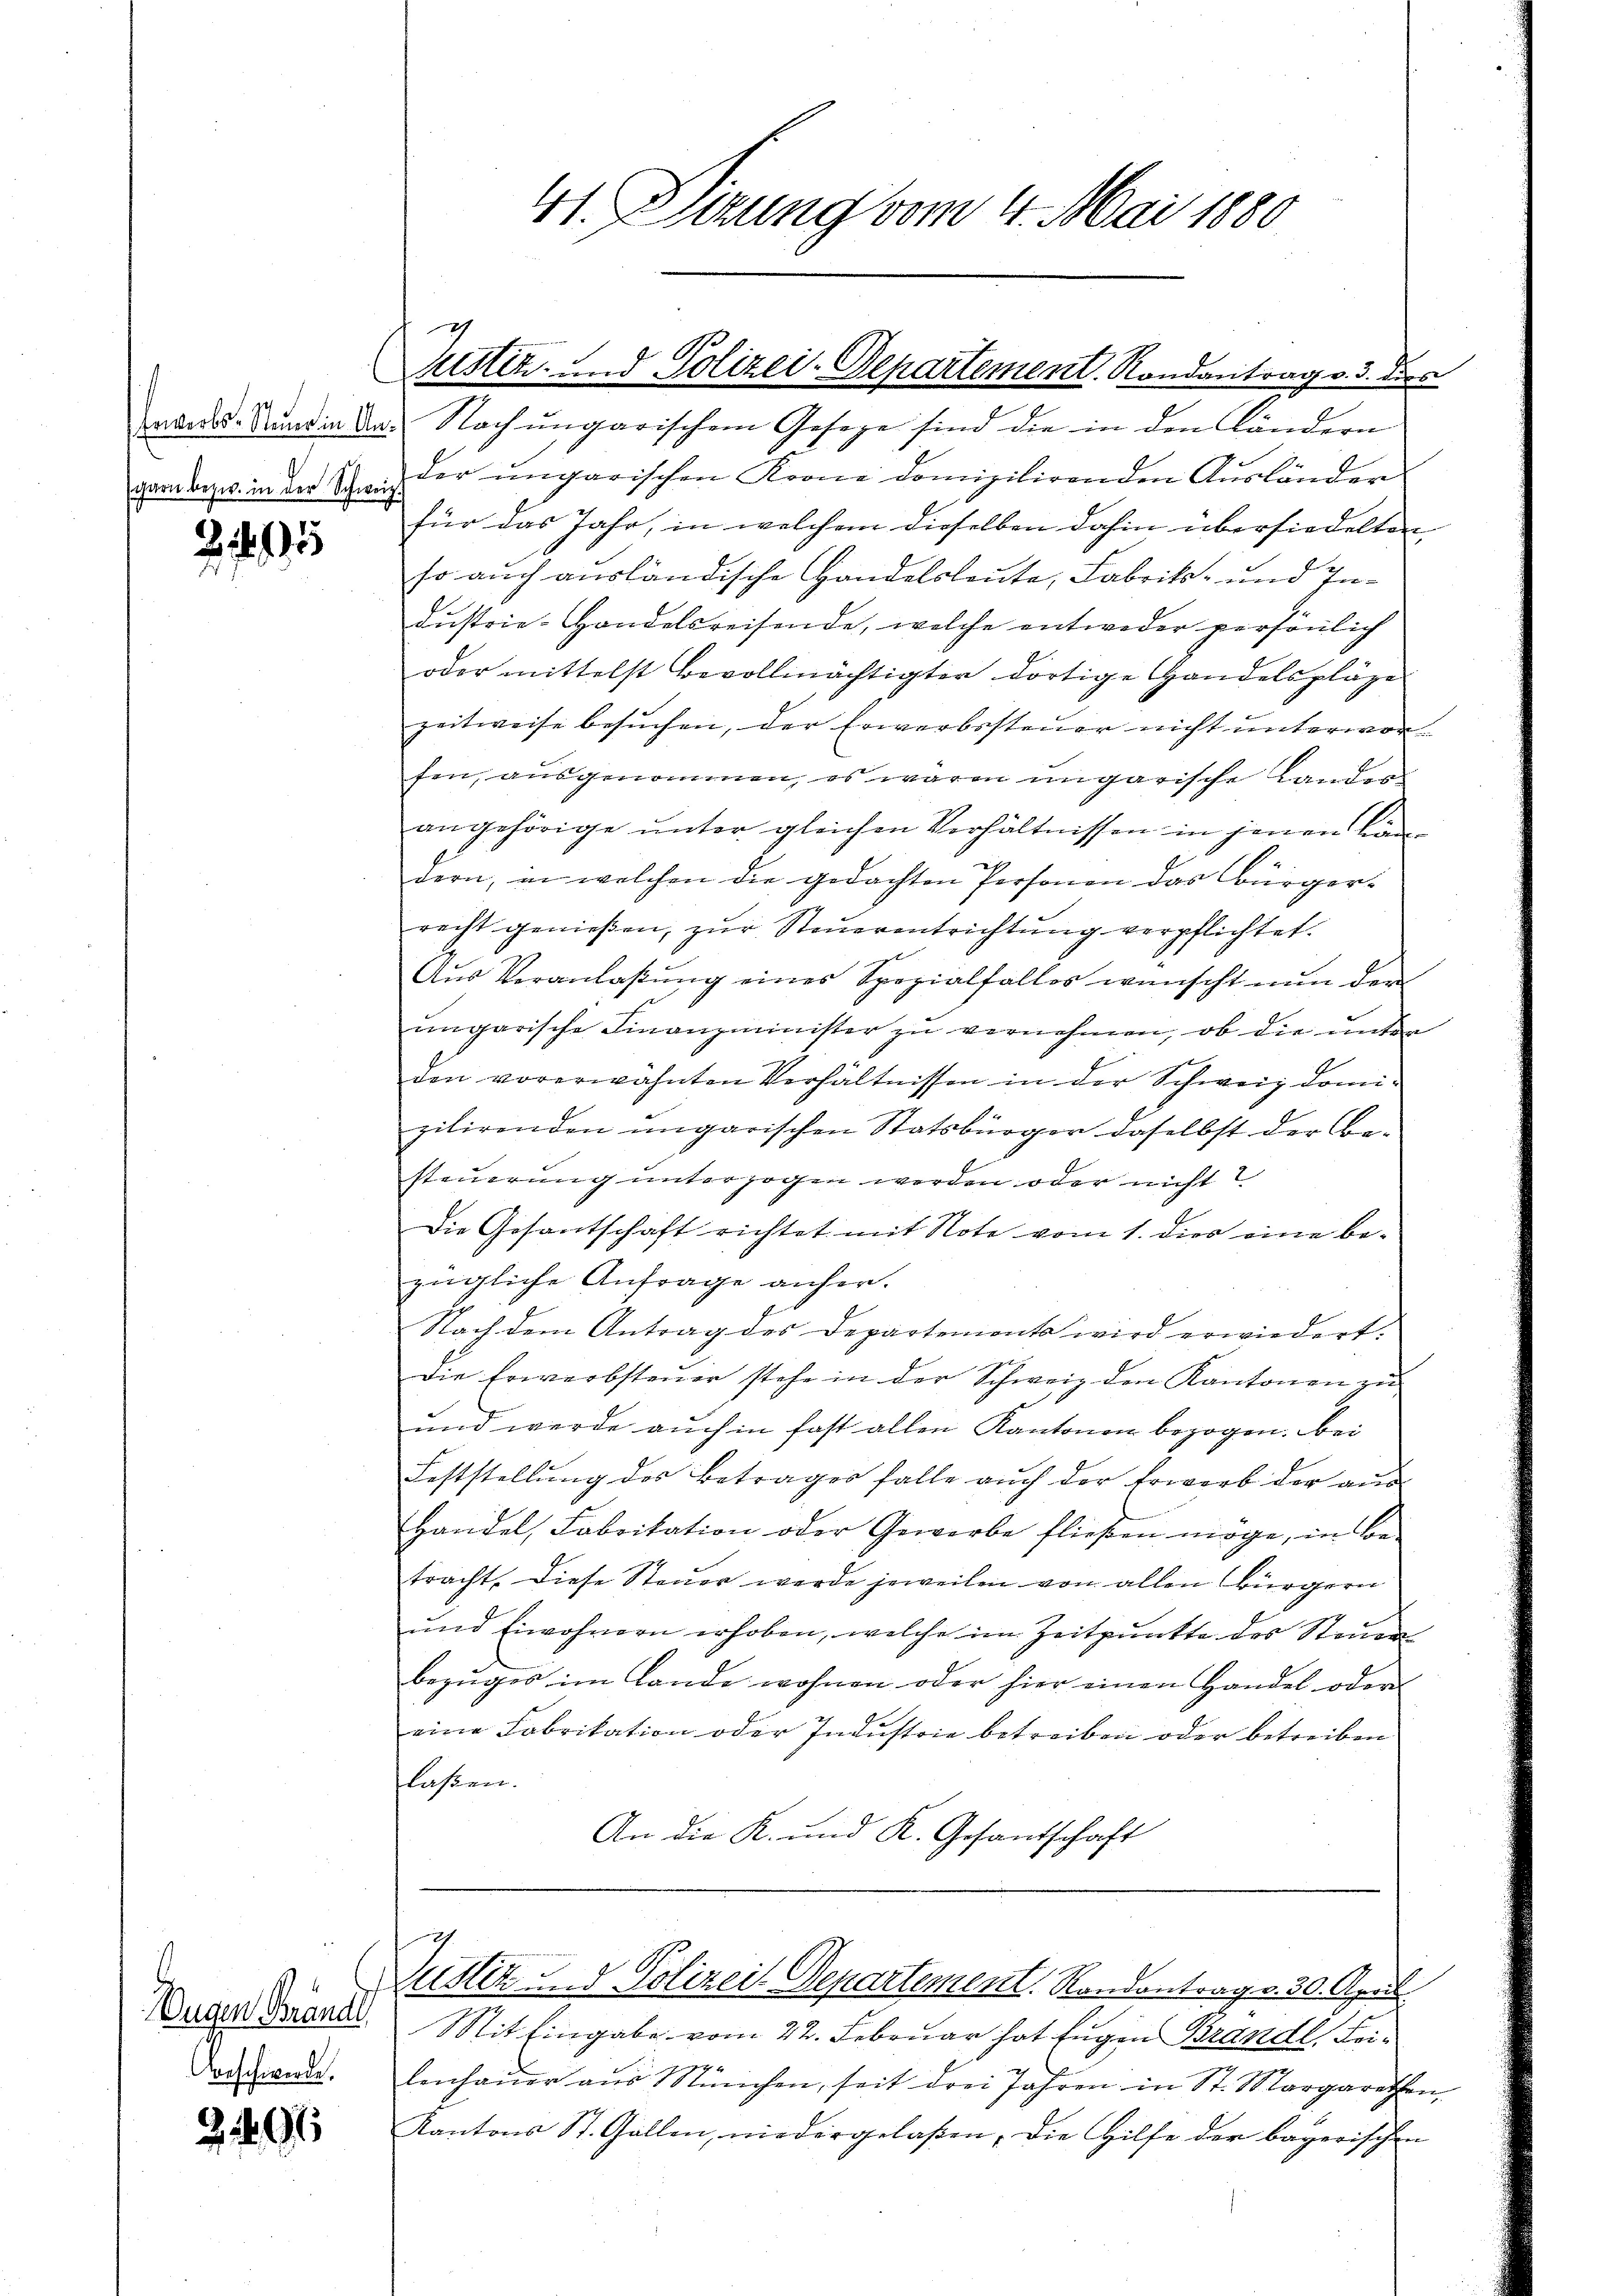
25

Dugen Brandl
Abeschwerde.

21491

wandes Bund in da. Nach ungarischen Gesetze sind die in den Ländern
pernbezw. in der Schanz der ungarischen Krone domizilirenden Ausländer
für das Jahr, in welchem dieselben dahin übersiedelten
so auch ausländische Handelsleute, Fabrik- und Industrie-Handelsreisende, welche entweder persönlich
oder mittelst bevollmächtigter dortige Handelspläge
zeitweise besuchen, der Erwerbssteuer nicht unterworfen, ausgenommen, es waren ungarische Landern
angehörige unter gleichen Verhältnissen in jenen Bändern, in welchen die gedachten Personen das Bürger-
recht genießen, zur Steuerentrichtung verpflichtet.
Aŭs Veranlaβŭng eines Spezialfalles wünscht nun der
ungarische Finanzminister zu vernehmen, ob die unter
den vorerwähnten Verhältnissen in der Schweiz domizilirenden ungarischen Statsbürger daselbst der Besteuerung unterzogen werden oder nicht
Die Gesantschaft richtet mit Note vom 1. dies eine be-
zügliche Anfrage anher.
Nach dem Antrag des Departements wird erwiedert.
Die Erwerbsteuer stehe in der Schweiz den Kantonen zu
und werde auch in fast allen Kantonen bezogen. Bei
Feststellŭng des Betrages falle aŭch der Erwerb der an
Handel, Fabritation oder Gewerbe fließen möge, in Be-
tracht. Diese Steuer werde jeweilen von allen Bürgern
und Eiwohnern erhoben, welche im Zeitpunkte des Steuer
Bezuges im Lande wohnen oder hier einen Handel oder
eine Fabrikation oder Industrie betreiben oder betreiben
laßen.
An die K. und K. Gesandschaft

41. Sizung vom 4. Mai 1880

h
Zustiz- und Polizei-Departement. Randantrag v. 3. dies

Zustiz u. d. Polizei Departement. Randontrag v. 30. April.

Mit Eingabe vom 22. Februar hat fügen Brandl, Beilenhaŭer aŭs München, seit drei Jahren in St. Margarethen,
Kantons St. Gallen, wiedergelaßen, die Hilfe der bayerischen
f